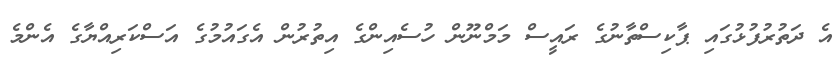
އެ ދަތުރުފުޅުގައި ޕާކިސްތާނުގެ ރައީސް މަމްނޫން ހުސެއިންގެ އިތުރުން އެގައުމުގެ އަސްކަރިއްޔާގެ އެންމެ